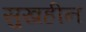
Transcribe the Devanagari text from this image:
सुखहीन